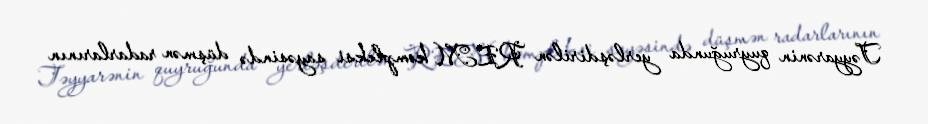
Təyyarənin quyruğunda yerləşdirilən REM kompleksi sayəsində düşmən radarlarının